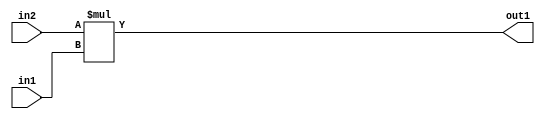
`timescale 1ps / 1ps
/*****************************************************************************
    Verilog RTL Description
    
    
    Created by: Stratus DpOpt 21.05.01 
*******************************************************************************/

module Filter_Mul_3Ux2U_5U_4 (
	in2,
	in1,
	out1
	); /* architecture "behavioural" */ 
input [2:0] in2;
input [1:0] in1;
output [4:0] out1;
wire [4:0] asc001;

assign asc001 = 
	+(in2 * in1);

assign out1 = asc001;
endmodule

/* CADENCE  urjwTA4= : u9/ySxbfrwZIxEzHVQQV8Q== ** DO NOT EDIT THIS LINE ******/